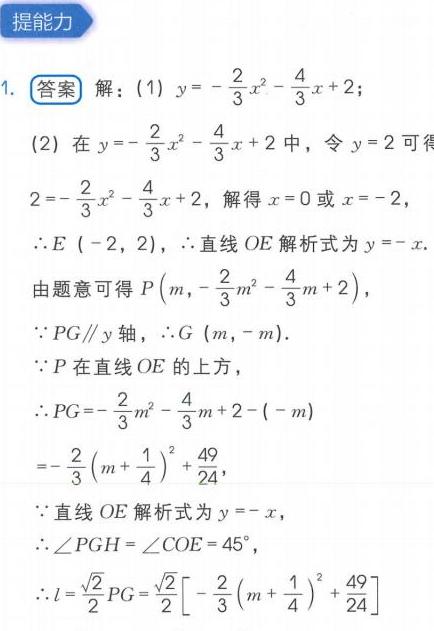
### 提能力
1. **答案** 解：(1) \(y = -\frac{2}{3}x^{2}-\frac{4}{3}x + 2\)；
(2) 在 \(y = -\frac{2}{3}x^{2}-\frac{4}{3}x + 2\) 中，令 \(y = 2\) 可得
\(2 = -\frac{2}{3}x^{2}-\frac{4}{3}x + 2\)，解得 \(x = 0\) 或 \(x = -2\)，
\(\therefore E(-2,2)\)，\(\therefore\)直线 \(OE\) 解析式为 \(y = -x\)。
由题意可得 \(P\left(m,-\frac{2}{3}m^{2}-\frac{4}{3}m + 2\right)\)，
\(\because PG\parallel y\) 轴，\(\therefore G(m,-m)\)。
\(\because P\) 在直线 \(OE\) 的上方，
\(\therefore PG=-\frac{2}{3}m^{2}-\frac{4}{3}m + 2-(-m)\)
\(=-\frac{2}{3}\left(m + \frac{1}{4}\right)^{2}+\frac{49}{24}\)，
\(\because\)直线 \(OE\) 解析式为 \(y = -x\)，
\(\therefore\angle PGH=\angle COE = 45^{\circ}\)，
\(\therefore l=\frac{\sqrt{2}}{2}PG=\frac{\sqrt{2}}{2}\left[-\frac{2}{3}\left(m+\frac{1}{4}\right)^{2}+\frac{49}{24}\right]\)